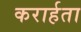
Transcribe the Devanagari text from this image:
करार्हता